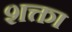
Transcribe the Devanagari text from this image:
शक्ता